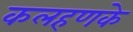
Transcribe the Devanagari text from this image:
कलहणके